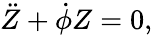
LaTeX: \ddot{Z}+\dot{\phi}Z=0,